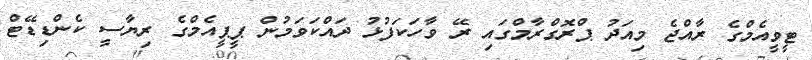
ޓީވީއެމްގެ ރާއްޖެ މިއަދު ޕްރޮގްރާމްގައި ރޭ ވާހަކަފުޅު ދައްކަވަމުން ޕީޕީއެމްގެ ރިޔާސީ ކެންޑިޑޭޓް